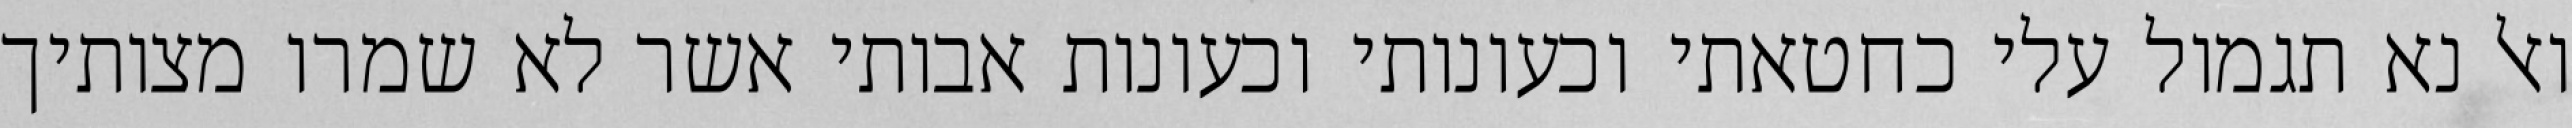
ואל נא תגמול עלי כחטאתי וכעונותי וכעונות אבותי אשר לא שמרו מצותיך